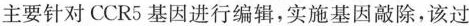
主要针对CCR5基因进行编辑，实施基因敲除，该过